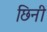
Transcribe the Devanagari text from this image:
छिनी